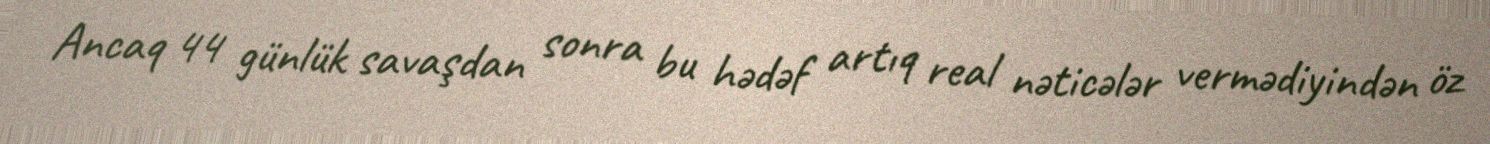
Ancaq 44 günlük savaşdan sonra bu hədəf artıq real nəticələr vermədiyindən öz